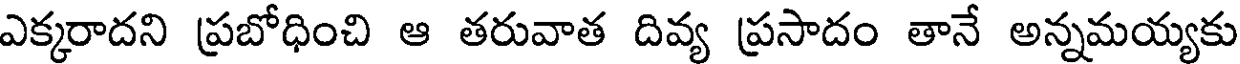
ఎక్కరాదని ప్రబోధించి ఆ తరువాత దివ్య ప్రసాదం తానే అన్నమయ్యకు